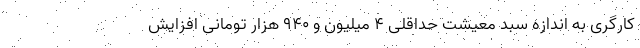
کارگری به اندازه سبد معیشت حداقلیِ ۴ میلیون و ۹۴۰ هزار تومانی افزایش